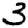
Digit: 3